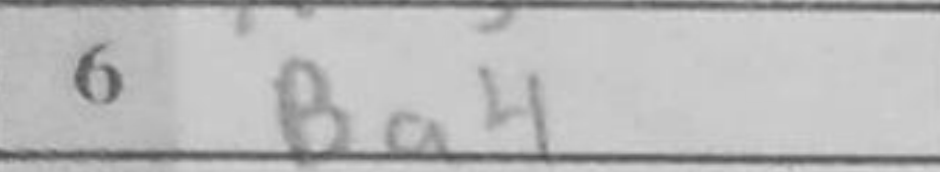
Transcription: Ba4